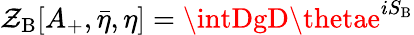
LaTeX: \mathcal{Z}_{\mathrm{{B}}}[A_{+},{\bar{{\eta}}},\eta]=\intDgD\thetae^{iS_{\mathrm{{B}}}}